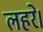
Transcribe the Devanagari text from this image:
लहरे।